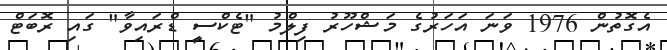
އެގޮތުން 1976 ވަނަ އަހަރުގެ މަޝްހޫރު ފިލްމު "ޓެކްސީ ޑްރައިވާ" ގައި ރޮބަޓް